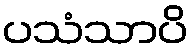
ပသံသာပိ